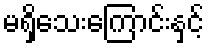
မရှိသေးကြောင်းနှင့်